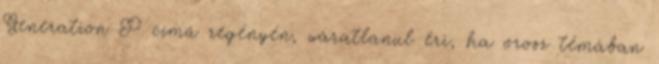
Generation P című regényén, váratlanul éri, ha orosz témában